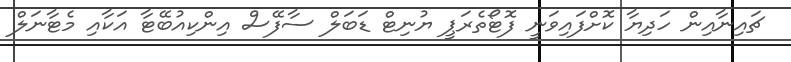
ޗައިނާއިން ހަދިޔާ ކޮށްފައިވަނީ ފޮޓޯތެރަޕީ ޔުނިޓް ޑަބަލް ސާފޭސް އިންކިއުބޭޓާ އަކާއި މެޓާނަލް